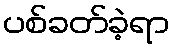
ပစ်ခတ်ခဲ့ရာ